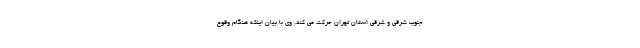
جنوب شرقی و شرقی استان تهران حرکت می کند. وی با بیان اینکه هنگام وقوع